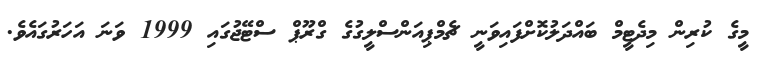
މީގެ ކުރިން މިދެޓީމް ބައްދަލުކޮށްފައިވަނީ ޗެމްޕިއަންސްލީގުގެ ގްރޫޕް ސްޓޭޖުގައި 1999 ވަނަ އަހަރުގައެވެ.